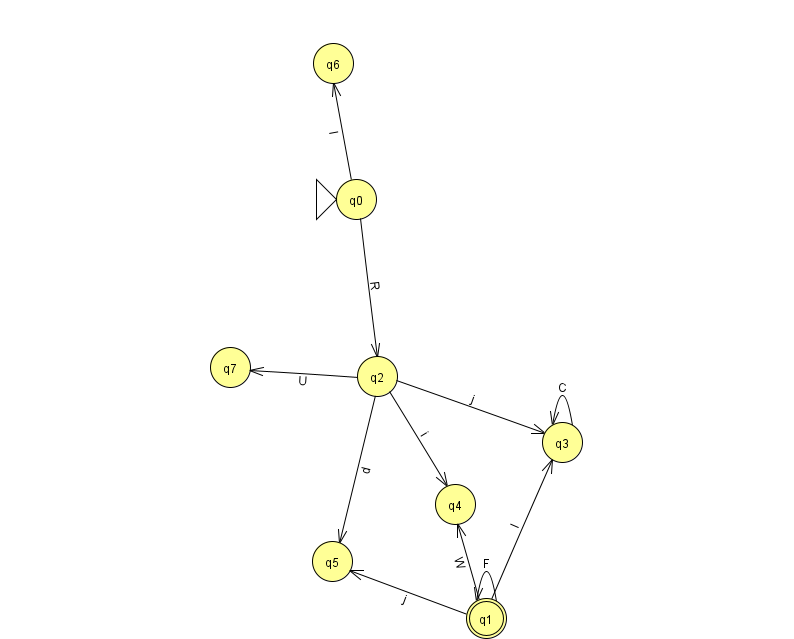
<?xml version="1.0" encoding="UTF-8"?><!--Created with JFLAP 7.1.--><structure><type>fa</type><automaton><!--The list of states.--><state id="0" name="q0"><x>356.0</x><y>186.0</y><initial/></state><state id="1" name="q1"><x>486.0</x><y>605.0</y><final/></state><state id="2" name="q2"><x>377.0</x><y>363.0</y></state><state id="3" name="q3"><x>562.0</x><y>429.0</y></state><state id="4" name="q4"><x>455.0</x><y>491.0</y></state><state id="5" name="q5"><x>332.0</x><y>548.0</y></state><state id="6" name="q6"><x>333.0</x><y>50.0</y></state><state id="7" name="q7"><x>230.0</x><y>354.0</y></state><!--The list of transitions.--><transition><from>0</from><to>6</to><read>I</read></transition><transition><from>2</from><to>3</to><read>j</read></transition><transition><from>1</from><to>3</to><read>l</read></transition><transition><from>2</from><to>5</to><read>d</read></transition><transition><from>3</from><to>3</to><read>C</read></transition><transition><from>1</from><to>1</to><read>F</read></transition><transition><from>2</from><to>4</to><read>i</read></transition><transition><from>1</from><to>5</to><read>j</read></transition><transition><from>0</from><to>2</to><read>R</read></transition><transition><from>2</from><to>7</to><read>U</read></transition><transition><from>1</from><to>4</to><read>W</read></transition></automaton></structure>